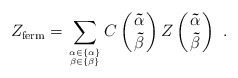
\begin{align*}Z_{\rm ferm}= \sum_{{\bf\alpha}\in\{ {\bf\alpha}\}\atop {\bf\beta}\in\{ {\bf\beta}\}} C\left({\bf\vec{\alpha}\atop\bf\vec{\beta}}\right) Z\left({\bf\vec{\alpha}\atop\bf\vec{\beta}}\right) \,\, .\end{align*}